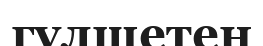
гүлшетен